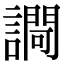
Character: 𧬱